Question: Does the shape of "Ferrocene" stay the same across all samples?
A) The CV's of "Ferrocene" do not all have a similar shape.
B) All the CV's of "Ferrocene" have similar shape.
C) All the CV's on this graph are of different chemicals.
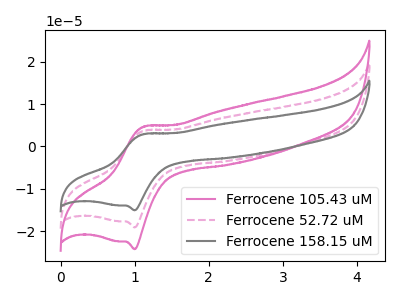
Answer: <think>The pink curve "Ferrocene 105.43 uM" has an anodic peak at (1.10V, 4.65uA) and a cathodic peak at (1.00V, -24.25uA). The pink dashed curve "Ferrocene 52.72 uM" has an anodic peak at (1.10V, 3.65uA) and a cathodic peak at (1.00V, -19.10uA). The gray curve "Ferrocene 158.15 uM" has an anodic peak at (1.10V, 7.30uA) and a cathodic peak at (1.00V, -38.20uA).
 All the peaks in "Ferrocene 105.43 uM" have a peak in "Ferrocene 52.72 uM" at the same potential. Every peak in "Ferrocene 105.43 uM" is higher than every peak in "Ferrocene 52.72 uM". All the peaks in "Ferrocene 105.43 uM" have a peak in "Ferrocene 158.15 uM" at the same potential. Every peak in "Ferrocene 105.43 uM" is lower than every peak in "Ferrocene 158.15 uM". All the peaks in "Ferrocene 52.72 uM" have a peak in "Ferrocene 158.15 uM" at the same potential. Every peak in "Ferrocene 52.72 uM" is lower than every peak in "Ferrocene 158.15 uM".</think>
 <answer>B) All the CV's of "Ferrocene" have similar shape.</answer>
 <eval>B</eval>